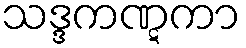
သဒ္ဒကဏ္ဋကာ